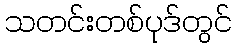
သတင်းတစ်ပုဒ်တွင်